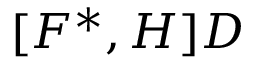
[ F ^ { * } , H ] D